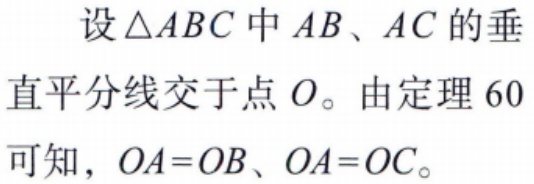
设\(\triangle ABC\)中\(AB\)、\(AC\)的垂直平分线交于点\(O\)。由定理 \(60\)可知，\(OA = OB\)、\(OA = OC\)。